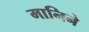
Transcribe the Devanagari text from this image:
मानिने